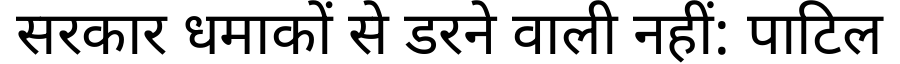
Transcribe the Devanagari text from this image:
सरकार धमाकों से डरने वाली नहीं: पाटिल